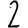
Digit: 2